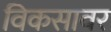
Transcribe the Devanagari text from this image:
विकसावर